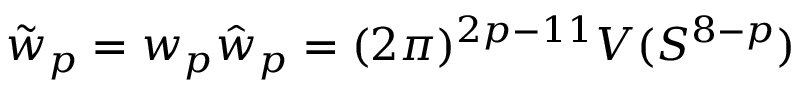
\tilde { w } _ { p } = w _ { p } \hat { w } _ { p } = ( 2 \pi ) ^ { 2 p - 1 1 } V ( S ^ { 8 - p } )